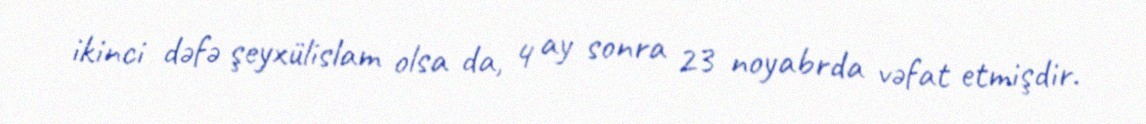
ikinci dəfə şeyxülislam olsa da, 4 ay sonra 23 noyabrda vəfat etmişdir.